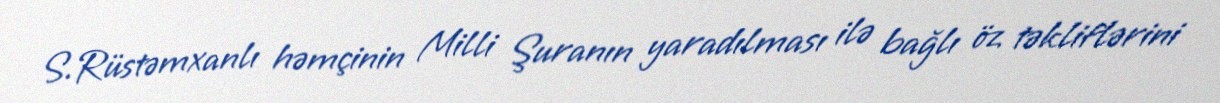
S.Rüstəmxanlı həmçinin Milli Şuranın yaradılması ilə bağlı öz təkliflərini